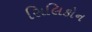
સિલિકોન